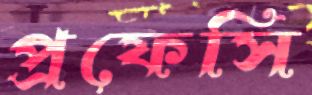
প্রফেসি